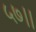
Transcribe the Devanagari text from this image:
५७।।